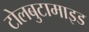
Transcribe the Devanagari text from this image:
टोलबुटामाइड